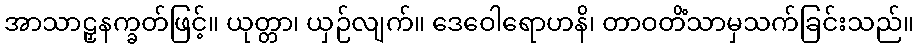
အာသာဠှနက္ခတ်ဖြင့်။ ယုတ္တာ၊ ယှဉ်လျက်။ ဒေဝေါရောဟနိ၊ တာဝတိံသာမှသက်ခြင်းသည်။